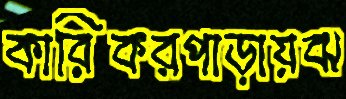
কারিকরপাড়ায়ঝ